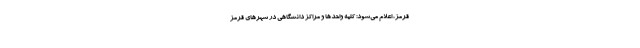
قرمز، اعلام می‌شود: کلیه واحد‌ها و مراکز دانشگاهی در شهر‌های قرمز